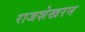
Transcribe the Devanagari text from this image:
राजशेखरन